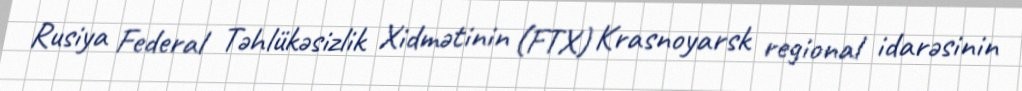
Rusiya Federal Təhlükəsizlik Xidmətinin (FTX) Krasnoyarsk regional idarəsinin